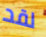
لقد